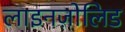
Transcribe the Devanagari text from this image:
लाइनज़ोलिड